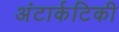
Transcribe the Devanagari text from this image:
अंटार्कटिकी